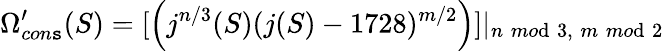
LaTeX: \Omega_{con\mathtt{s}}^{\prime}(S)=[\left(j^{n/3}(S)(j(S)-1728)^{m/2}\right)]|_{n\; mo\mathrm{d}\; 3,\; m\; mo\mathrm{d}\; 2}